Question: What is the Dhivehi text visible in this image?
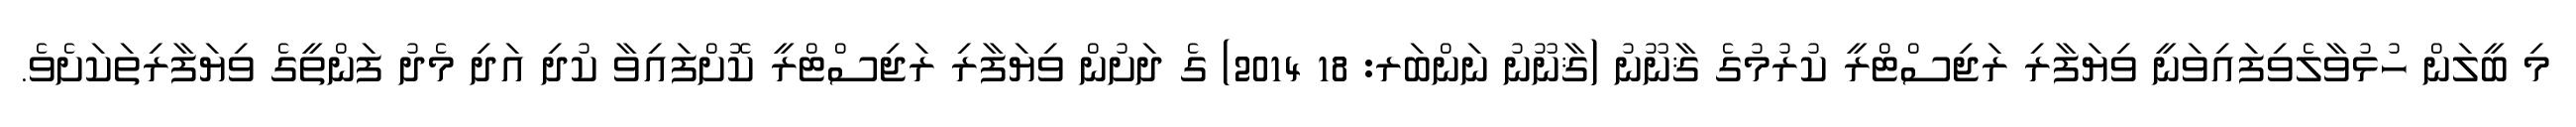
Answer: މި ބީލަން ހުޅުވާލެވިފައިވަނީ ވިޔަފާރި ރަޖިސްޓްރީ ކުރުމުގެ ޤާނޫނު (ޤާނޫނު ނަންބަރ: 18 2014) ގެ ދަށުން ވިޔަފާރި ރަޖިސްޓްރީ ކޮށްފައިވާ ކުދި އަދި މެދު ފަންތީގެ ވިޔަފާރިތަކަށެވެ.